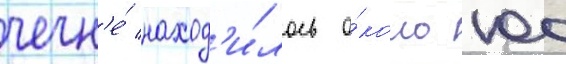
чечн'е́ наход'и́лось о́коло 100